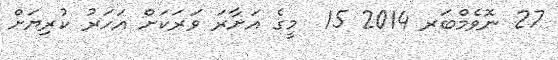
27 ނޮވެމްބަރ 2014 15  މީގެ އަށާރަ ވަރަކަށް އަހަރު ކުރިޔަށް